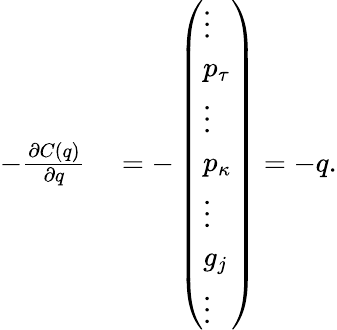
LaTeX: \begin{array}{rl}{-\frac{\partial C(q)}{\partial q}}&{{}=-\left(\begin{array}{l}{\vdots}\\ {p_{\tau}}\\ {\vdots}\\ {p_{\kappa}}\\ {\vdots}\\ {g_{j}}\\ {\vdots}\end{array}\right)=-q.}\end{array}